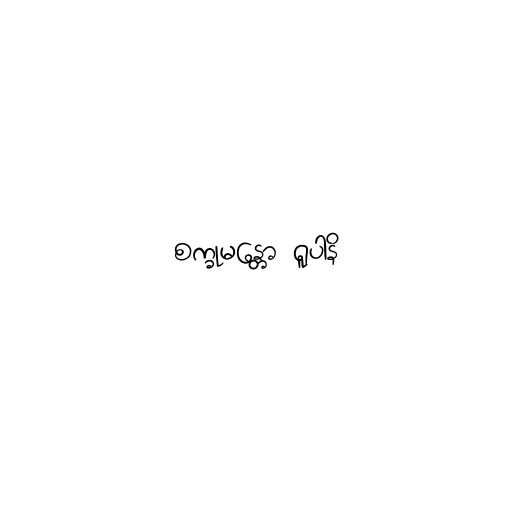
စက္ခုမန္တော ရူပါနိ